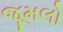
જૂમલો